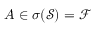
A \in \sigma ( \mathcal S ) = \mathcal F